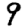
Digit: 9